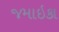
જમાઇકા